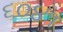
૬૦૪૧